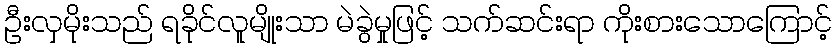
ဦးလှမိုးသည် ရခိုင်လူမျိုးသာ မဲခွဲမှုဖြင့် သက်ဆင်းရာ ကိုးစားသောကြောင့်